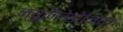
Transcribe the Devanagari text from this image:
न्यूकैलेडोनिया